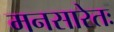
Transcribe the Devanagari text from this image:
मनसारेतः